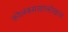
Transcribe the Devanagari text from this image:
कोलंबसखालोखाल